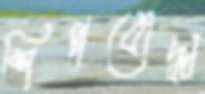
শিল্পবোদ্ধা